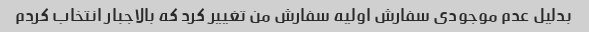
بدلیل عدم موجودی سفارش اولیه سفارش من تغییر کرد که بالاجبار انتخاب کردم